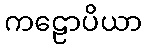
ကဠောပိယာ